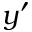
y ^ { \prime }